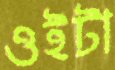
ওইটা